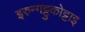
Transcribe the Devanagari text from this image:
इरुन्गट्टुकोट्टाइ